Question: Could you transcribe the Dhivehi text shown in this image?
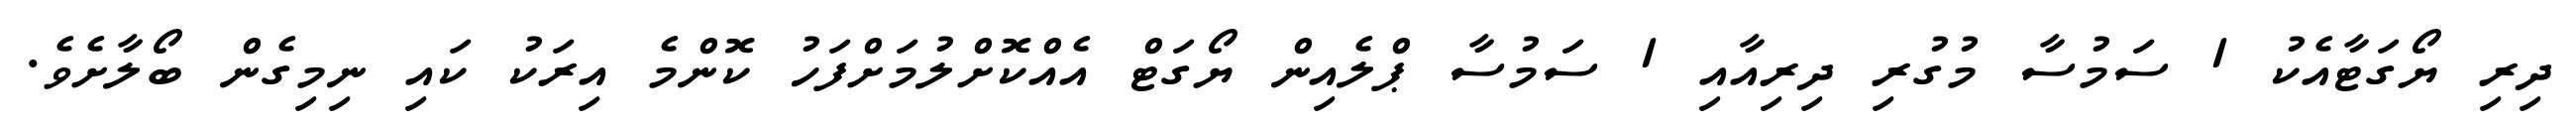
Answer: ދިރި ޔޯގަޓާއެކު 1 ސަމުސާ މުގުރި ދިރިއާއި 1 ސަމުސާ ޕްލެއިން ޔޯގަޓް އެއްކޮށްލުމަށްފަހު ކޮންމެ އިރަކު ކައި ނިމިގެން ބޯލާށެވެ.